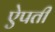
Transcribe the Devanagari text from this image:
ऐपती